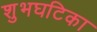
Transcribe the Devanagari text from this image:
शुभघटिका